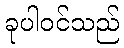
ခုပါဝင်သည်